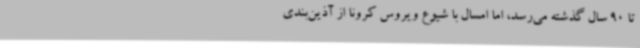
تا 90 سال گذشته می‌رسد، اما امسال با شیوع ویروس کرونا از آذین‌بندی